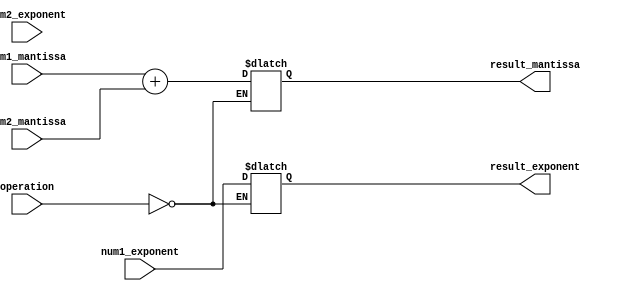
module floating_point_unit (
  input [63:0] num1_mantissa,
  input [63:0] num2_mantissa,
  input [9:0] num1_exponent,
  input [9:0] num2_exponent,
  input [2:0] operation,
  output reg [63:0] result_mantissa,
  output reg [9:0] result_exponent
);

//Sub-modules - adder, subtractor, multiplier, divider

//Adder
always @(*) begin
  if (operation == 3'b000) begin //Addition
    //Perform addition operation
    result_mantissa = num1_mantissa + num2_mantissa;
    
    //Perform exponent adjustment
    //Additional logic for rounding and normalization can be added here
    result_exponent = num1_exponent; 
  end
end

//Subtractor, Multiplier, Divider modules can be implemented in a similar manner

//Control and status registers
//Additional logic for handling control and status register operations

endmodule